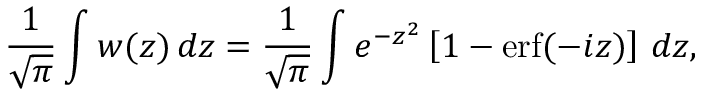
{ \frac { 1 } { \sqrt { \pi } } } \int w ( z ) \, d z = { \frac { 1 } { \sqrt { \pi } } } \int e ^ { - z ^ { 2 } } \left[ 1 - \operatorname { e r f } ( - i z ) \right] \, d z ,